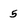
Character: 5